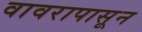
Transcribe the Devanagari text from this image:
वावरापासून